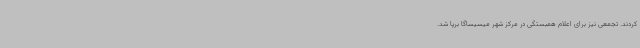
کردند. تجمعی نیز برای اعلام همبستگی در مرکز شهر میسیساگا برپا شد.